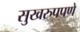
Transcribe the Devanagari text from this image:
सुखरुपपणे